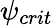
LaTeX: \psi_{crit}